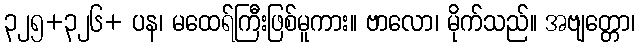
၃၂၅+၃၂၆+ ပန၊ မထေရ်ကြီးဖြစ်မူကား။ ဗာလော၊ မိုက်သည်။ အဗျတ္တော၊